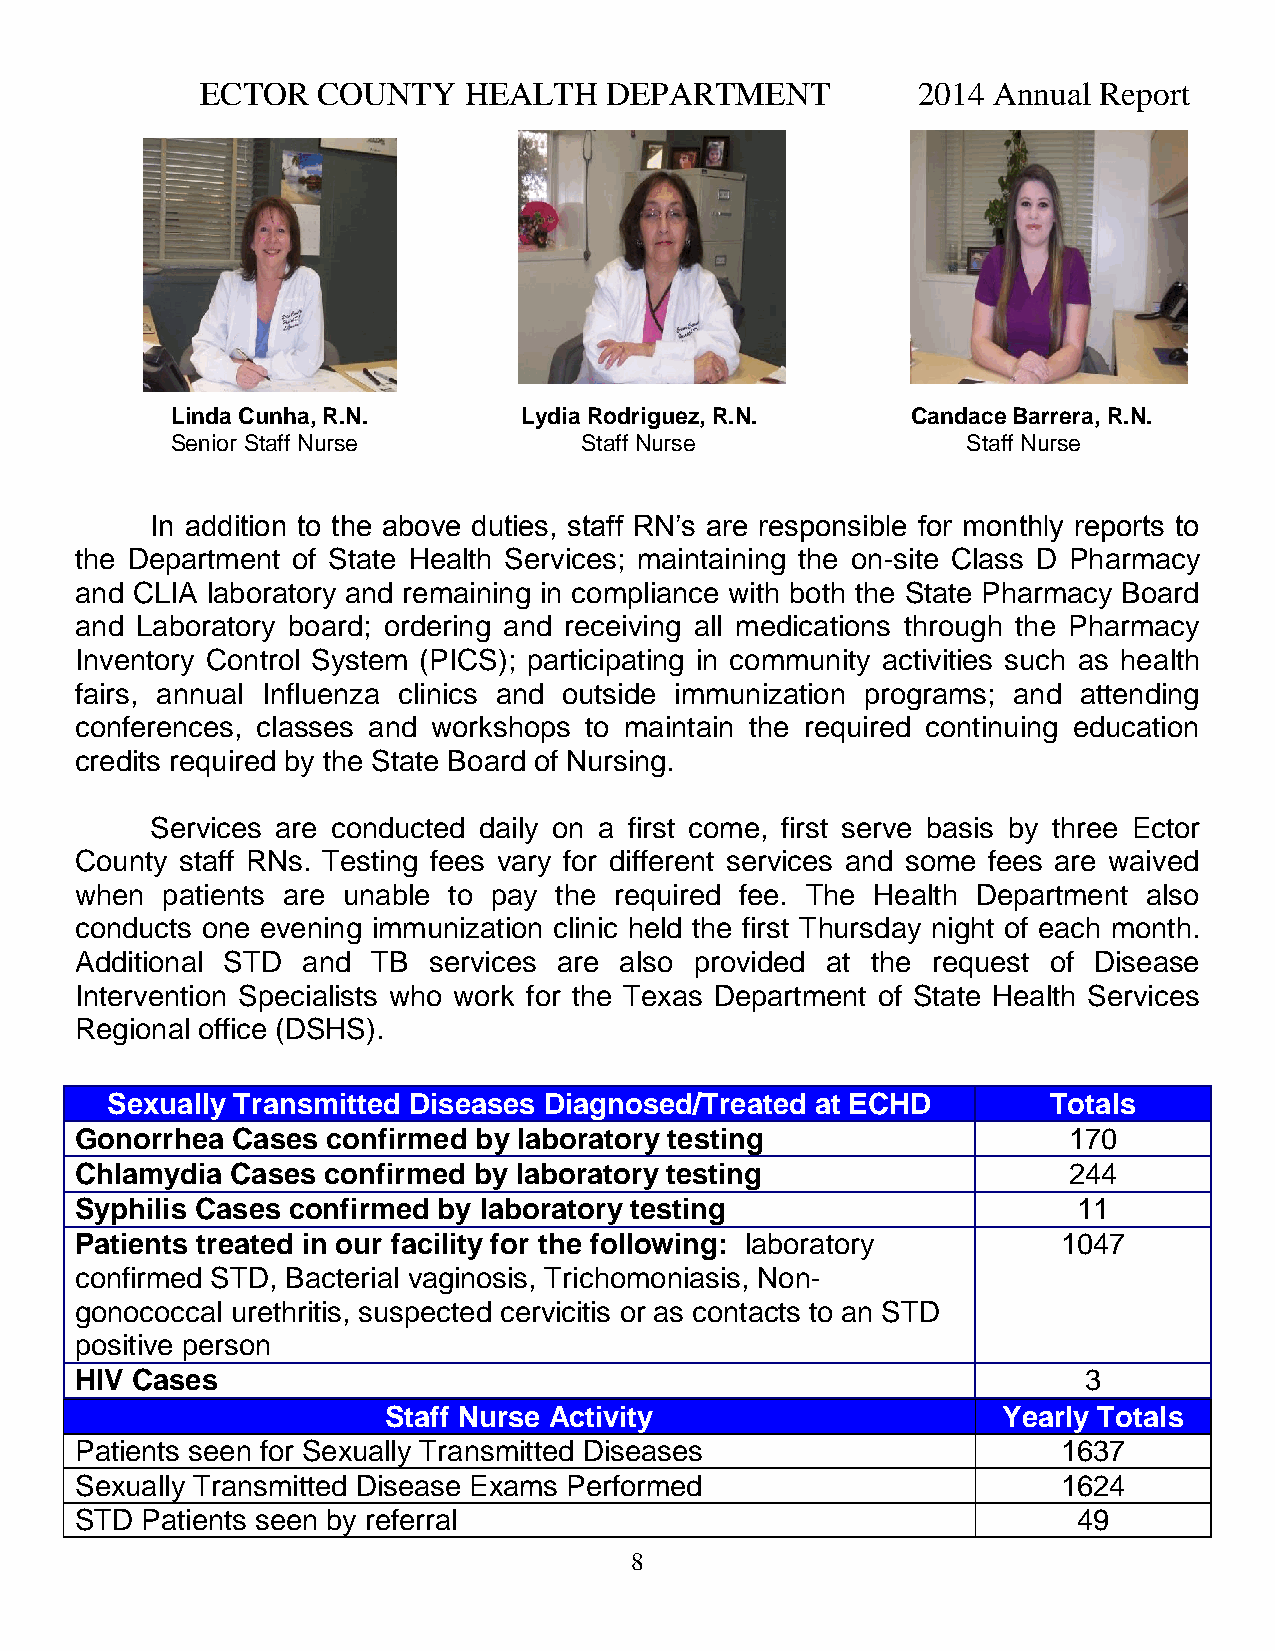
ECTOR   COUNTY    HEALTH   DEPARTMENT           2014 Annual Report
 Linda Cunha, R.N.       Lydia Rodriguez, R.N.    Candace Barrera, R.N.
 Senior Staff Nurse         Staff Nurse               Staff Nurse
 In addition to the above duties, staff RN’s are responsible for monthly reports to
 the Department of State Health Services; maintaining the on-site Class D Pharmacy
 and CLIA laboratory and remaining in compliance with both the State Pharmacy Board
 and Laboratory board; ordering and receiving all medications through the Pharmacy
 Inventory Control System (PICS); participating in community activities such as health
 fairs, annual Influenza clinics and outside immunization programs; and attending
 conferences, classes and workshops to maintain the required continuing education
 credits required by the State Board of Nursing.
 Services are conducted daily on a first come, first serve basis by three Ector
 County staff RNs. Testing fees vary for different services and some fees are waived
 when  patients are unable to pay the required fee. The Health Department also
 conducts one evening immunization clinic held the first Thursday night of each month.
 Additional STD and  TB services are also provided at the request of Disease
 Intervention Specialists who work for the Texas Department of State Health Services
 Regional office (DSHS).
 Sexually Transmitted Diseases Diagnosed/Treated at ECHD        Totals
 Gonorrhea Cases  confirmed by laboratory testing                  170
 Chlamydia Cases confirmed by laboratory testing                   244
 Syphilis Cases confirmed by laboratory testing                    11
 Patients treated in our facility for the following: laboratory   1047
 confirmed STD, Bacterial vaginosis, Trichomoniasis, Non-
 gonococcal urethritis, suspected cervicitis or as contacts to an STD
 positive person
 HIV Cases                                                          3
 Staff Nurse Activity                     Yearly Totals
 Patients seen for Sexually Transmitted Diseases                  1637
 Sexually Transmitted Disease Exams Performed                     1624
 STD Patients seen by referral                                     49
 8